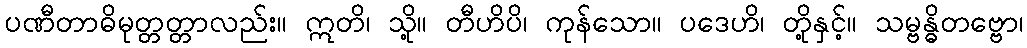
ပဏီတာဓိမုတ္တတ္တာလည်း။ ဣတိ၊ သို့။ တီဟိပိ၊ ကုန်သော။ ပဒေဟိ၊ တို့နှင့်။ သမ္ဗန္ဓိတဗ္ဗော၊